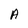
Character: A